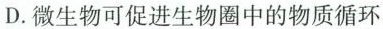
D.微生物可促进生物圈中的物质循环